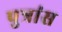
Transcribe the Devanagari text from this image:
पुत्रांस